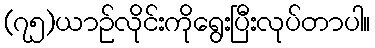
(၇၅)ယာဉ်လိုင်းကိုရွေးပြီးလုပ်တာပါ။